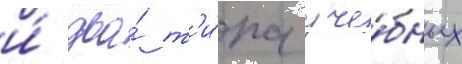
и́ два́ т'и́па уче́бных